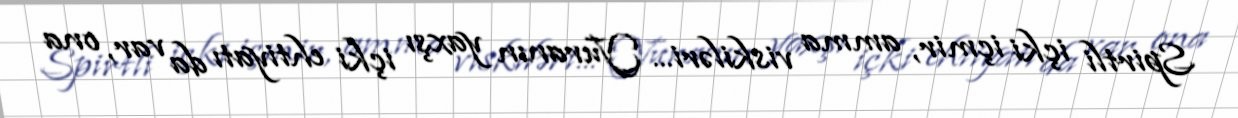
Spirtli içki içmir, amma viskiləri... Yuranın yaxşı içki ehtiyatı da var, ona